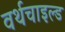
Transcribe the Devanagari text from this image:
वर्थचाइल्ड